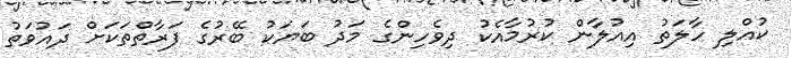
ކުއްލި ހާލަތު އިއުލާން ކުރުމާއެކު ދިވެހިންގެ މަދު ބަޔަކު ބޭރުގެ ފަރާތްތަކަށް ދައުވަތު